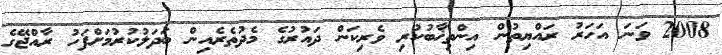
2008 ވަނަ އަހަރު ރައްޔިތުން އިންތިޚާބުކުރި ވެރިކަން ދައުރުގެ މެދުތެރެއިން ބަދަލުކުރުމަށްފަހު ރާއްޖޭގެ